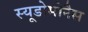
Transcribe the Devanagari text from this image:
स्यूडोमोनैस